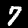
Label: 7